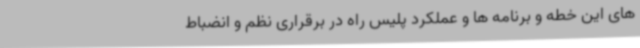
های این خطه و برنامه ها و عملکرد پلیس راه در برقراری نظم و انضباط